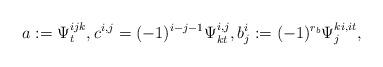
LaTeX: \begin{align*}a:=\Psi^{ijk}_t, c^{i,j}=(-1)^{i-j-1}\Psi^{i,j}_{kt},b^i_j:=(-1)^{r_b}\Psi^{ki,it}_j,\end{align*}